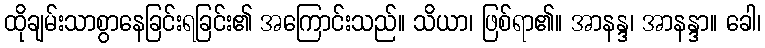
ထိုချမ်းသာစွာနေခြင်းရခြင်း၏ အကြောင်းသည်။ သိယာ၊ ဖြစ်ရာ၏။ အာနန္ဒ၊ အာနန္ဒာ။ ခေါ၊